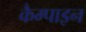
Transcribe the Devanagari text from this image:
कैम्पाइन